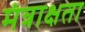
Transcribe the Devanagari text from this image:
मंत्राक्षता